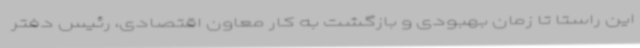
این راستا تا زمان بهبودی و بازگشت به کار معاون اقتصادی، رئیس دفتر